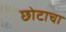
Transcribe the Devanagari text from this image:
छोटाचा